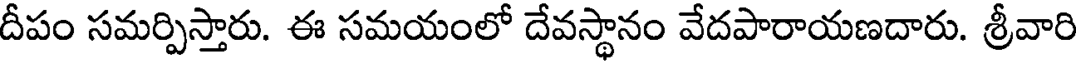
దీపం సమర్పిస్తారు. ఈ సమయంలో దేవస్థానం వేదపారాయణదారు. శ్రీవారి